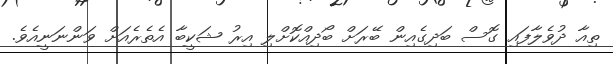
ތިއާ ދުވެލާފައި ގޮސް ބަދިގެއިން ބޭރަށް ބޯދިއްކޮށްލި އިރު ޝަކީބާ އެތެރެއަށް ވަންނަނީއެވެ.